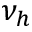
\nu _ { h }